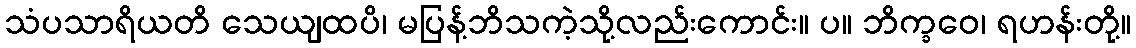
သံပသာရိယတိ သေယျထပိ၊ မပြန့်ဘိသကဲ့သို့လည်းကောင်း။ ပ။ ဘိက္ခဝေ၊ ရဟန်းတို့။